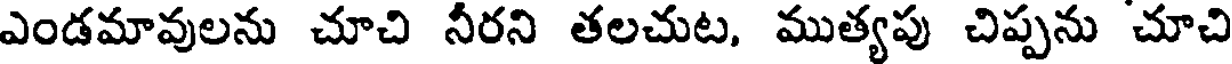
ఎండమావులను చూచి నీరని తలచుట, ముత్యపు చిప్పను చూచి